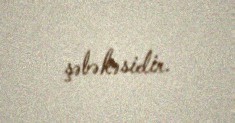
şəbəkəsidir.